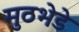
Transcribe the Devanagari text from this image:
मुठभेडे